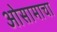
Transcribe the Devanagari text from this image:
ओसामाचा